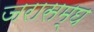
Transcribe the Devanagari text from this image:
जरासम्घ